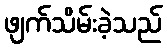
ဖျက်သိမ်းခဲ့သည်